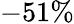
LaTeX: -51\%